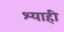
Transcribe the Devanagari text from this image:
श्याही